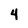
Character: 4